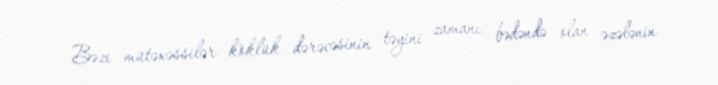
Bəzi mütəxəssilər köklük dərəcəsinin təyini zamanı bədəndə olan əzələnin